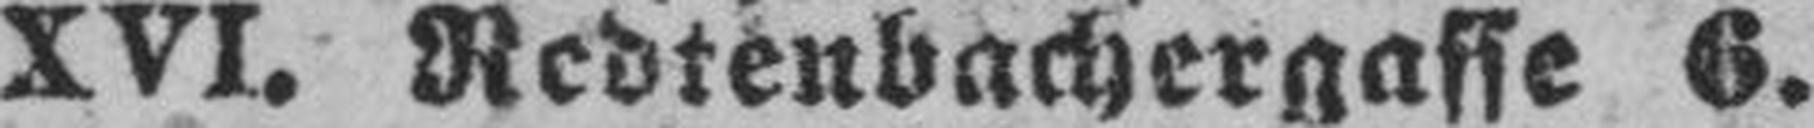
XVI. Redtenbachergasse 6.